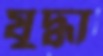
যুদ্ধা